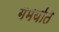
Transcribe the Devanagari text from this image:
गमयति